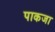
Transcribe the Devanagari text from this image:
पाकजा